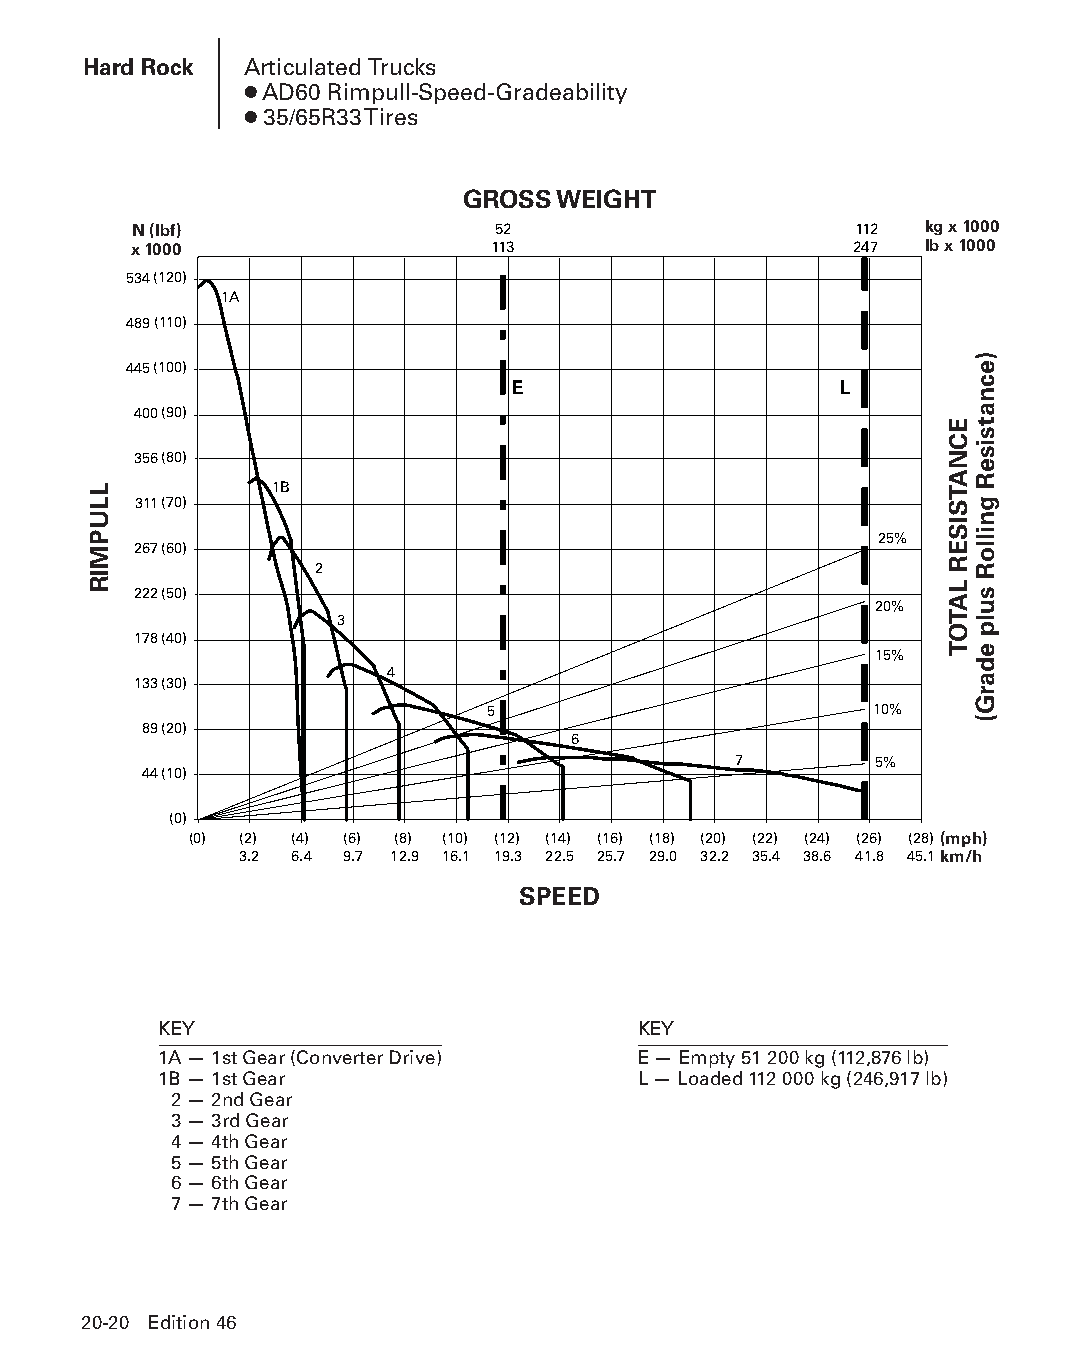
Hard Rock  Articulated Trucks
 ● AD60 Rimpull-Speed-Gradeability
 ● 35/65R33 Tires
 GROSS WEIGHT
 N (lbf)                 52                      112  kg x 1000
 x 1000                  113                     247  lb x 1000
 534(120)
 1A
 489(110)
 445(100)
 E                     L
 400(90)
 356(80)
 1B
 311 ( 7 0)
 25%
 267(60)
 2
 222(50)
 20%
 3
 178(40)
 15%
 4
 133(30)
 5                        10%
 89(20)
 6
 7        5%
 44(10)
 (0)
 (0) (2) (4) (6) (8) (10) (12) (14) (16) (18) (20) (22) (24) (26) (28) (mph)
 3.2 6.4 9.7 12.9 16.1 19.3 22.5 25.7 29.0 32.2 35.4 38.6 41.8 45.1km/h
 SPEED
 KEY                             KEY
 1A — 1st Gear (Converter Drive) E — Empty 51 200 kg (112,876 lb)
 1B — 1st Gear                   L — Loaded 112 000 kg (246,917 lb)
 2 — 2nd Gear
 3 — 3rd Gear
 4 — 4th Gear
 5 — 5th Gear
 6 — 6th Gear
 7 — 7th Gear
 20-20 Edition 46
 PPHHBB--SSeecc2200--HHaarrddRRoocckk((ppgg000011--002244))..iinndddd 2200 1122//44//1155 1111::0022 AAMM
 LLUPMIR
 ECNATSISER
 LATOT
 )ecnatsiseR
 gnilloR
 sulp
 edarG(